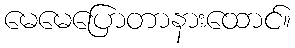
မေမေပြောတာနားထောင်။